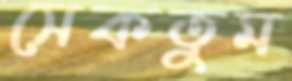
সেকতুম